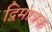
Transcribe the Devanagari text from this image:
द्विमात्रक